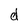
Character: d